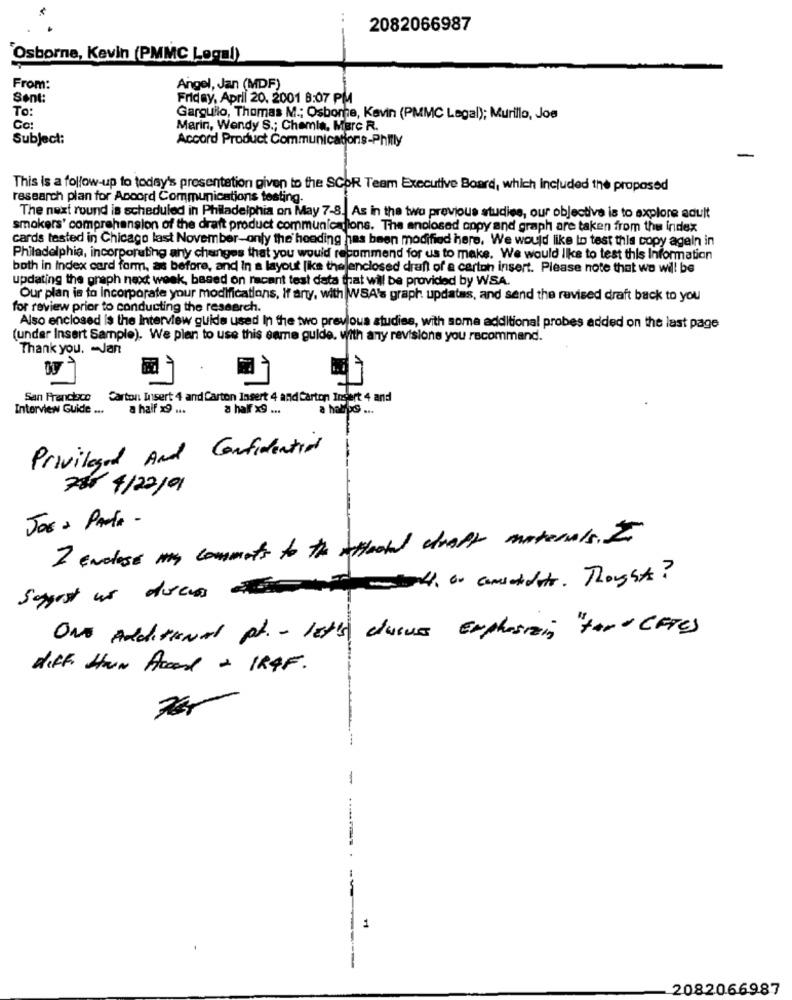
2082066987
---
"Osborne, Kevin (PMMC Local)
From:
Angel, Jan (MDF)
Sent:
Friday, April 20. 2001 8:07 PM
To:
Garguilo, Thomas M .; Osbome, Kevin (PMMC Legal); Murillo, Joe
Marin, Wendy S .; Chemia, Marc R.
Subject:
Accord Product Communicationis-Philly
This is a follow-up to today's presentation given to the SCOR Team Executive Board, which Included the proposed
research plan for Accord Communications testing.
The next round is scheduled in Philadelphia on May 7-8. As in the two previous studies, our objective is to explore adult
smokers' comprehension of the draft product communications. The enclosed appy and graph are taken from the index
cards tested in Chicago last November-only the heading has been modified here. We would like to test this copy agein in
Philadelphia, incorporating any changes that you would recommend for us to make. We would like to test this Information
both in index card form, as before, and In a layout like the enclosed draft of a carton insert. Please note that we will be
updating the graph next week, based on racent test data that will be provided by WSA.
Our plan is to Incorporate your modifications, if any, with WSA's graph updates, and send the revised draft back to you
for review prior to conducting the research.
Also enclosed is the Interview guide used In the two previous studies, with some additional probes added on the last page
(under Insert Sample). We plan to use this eame guide. with any revisions you recommand.
Thank you. - Jan
San Francisco
Carton Insert 4 and Carton Insert 4 and Carton Insert 4 and
Interview Guide ...
a half x9 ...
a half x9 ...
a hatips ...
Privileged And Confidential
785 4/22/91
JOE : PARA -
I enclose my comments to the tetlooked draft materials. to
sagst us docs of conscidity. Thoughts?
ONE Additional pt. - leth cuius Emphasizing "+And CETES
ditt How Accord + IRAF.
1
2082066987